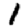
Digit: 1